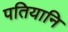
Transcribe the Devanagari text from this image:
पतियानि